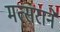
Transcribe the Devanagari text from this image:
मत्सराने